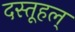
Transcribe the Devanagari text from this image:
दस्तूहल्